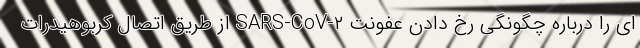
ای را درباره چگونگی رخ دادن عفونت SARS-CoV-۲ از طریق اتصال کربوهیدرات